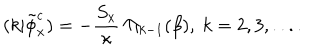
LaTeX: ( k | \tilde { \phi } _ { x } ^ { c } ) = - { \frac { S _ { x } } { \kappa } } \ \Pi _ { k - 1 } ( \beta ) , \ k = 2 , 3 , . . . .